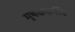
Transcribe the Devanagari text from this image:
मूषकवर्गीय